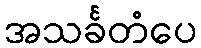
အသင်္ခတံပေ